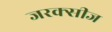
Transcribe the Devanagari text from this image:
जरक्सीज